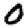
Digit: 0